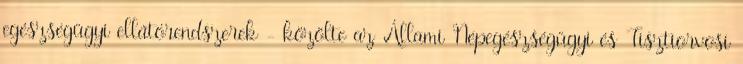
egészségügyi ellátórendszerek - közölte az Állami Népegészségügyi és Tisztiorvosi